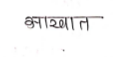
मजकूर: आखात